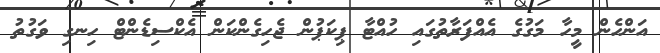
އަންހެން މީހާ މަގުގެ އެއްފަރާތުގައި ހުއްޓާ ޕިކަޕުން ޖެހިގެންކަން އެކްސިޑެންޓް ހިނގި ވަގުތު